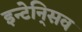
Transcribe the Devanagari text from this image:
इन्टेनि्सव